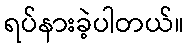
ရပ်နားခဲ့ပါတယ်။